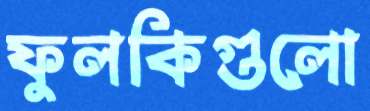
ফুলকিগুলো